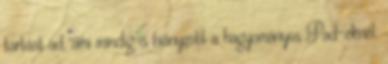
tartást ad, ami mindig is hiányzott a hagyományos Pad-eknél.